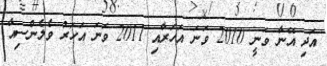
އަދި އޭނާ ވަނީ 2010 ވަނަ އަހަރާއި 2011 ވަނަ އަހަރު ވެލެންސިއާ